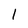
Character: 1